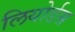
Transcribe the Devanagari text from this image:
लियोर्डस